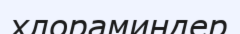
хлораминдер